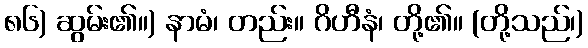
၈၆) ဆွမ်း၏။) နာမံ၊ တည်း။ ဂိဟီနံ၊ တို့၏။ (တို့သည်၊)